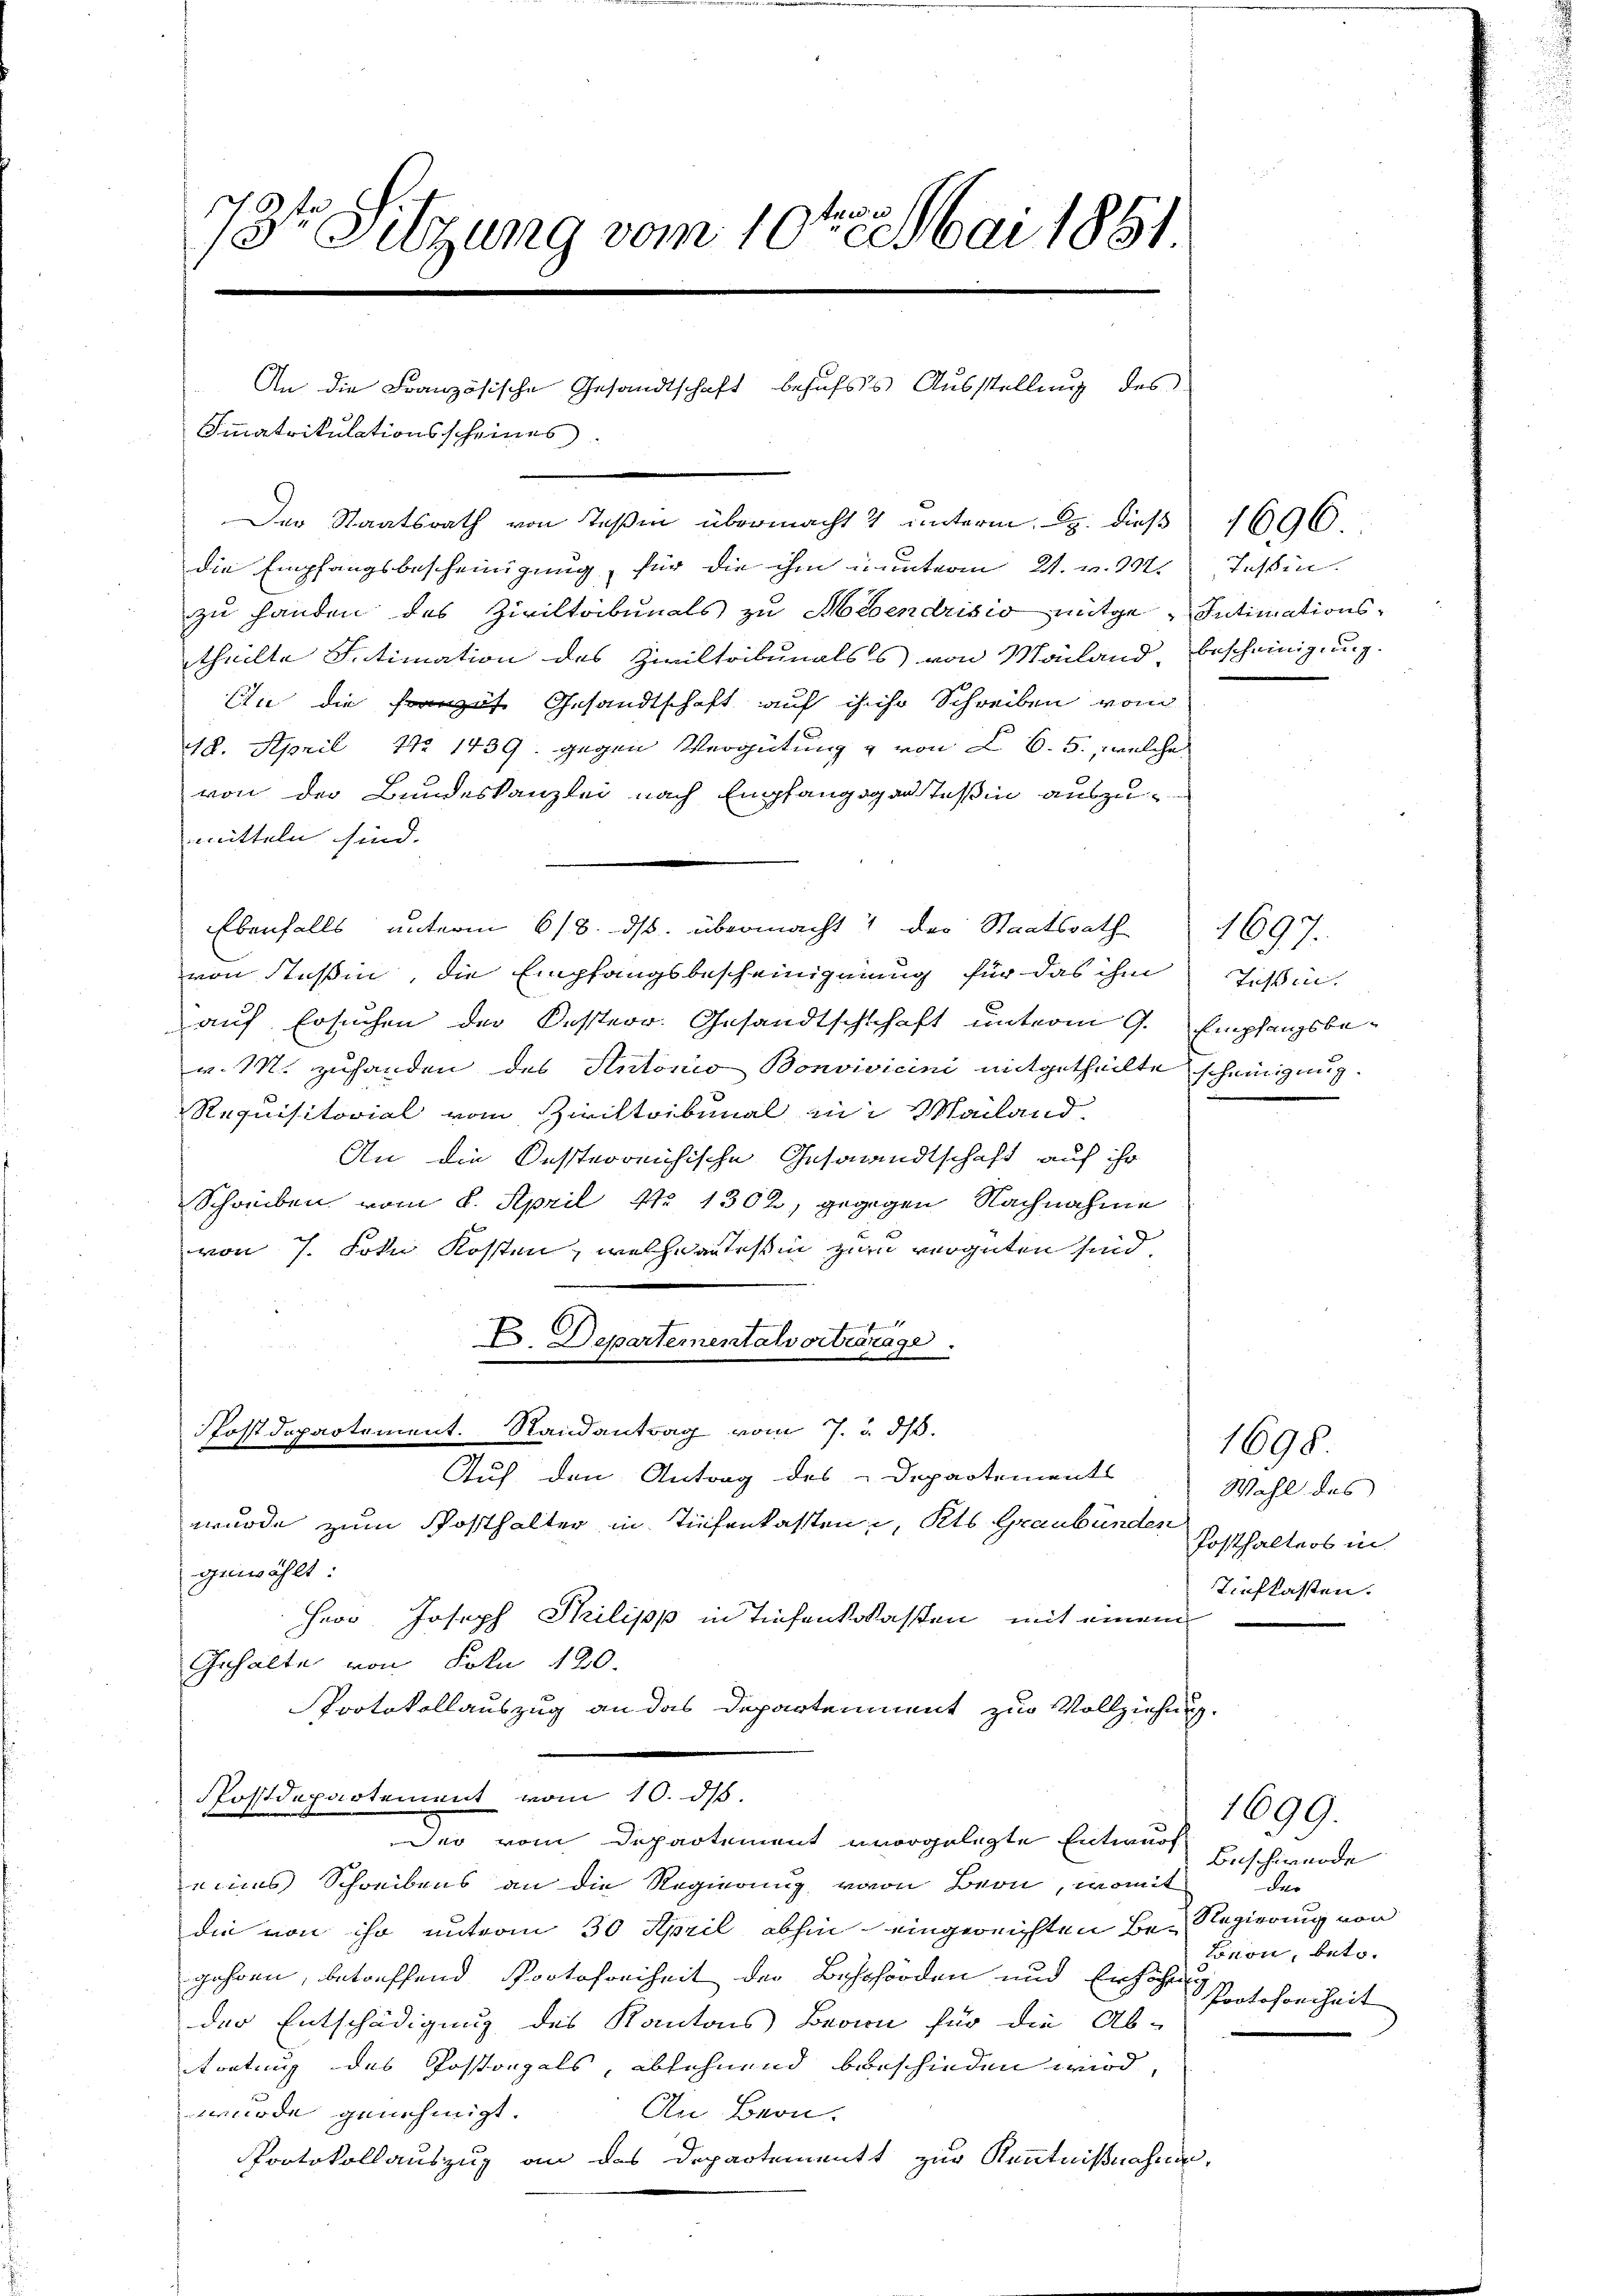
e
73te Sitzung vom 10. Mai 1851

Immatrikulationsscheines
Der Staatsrath von Teßin übermacht & unterm 22. dieß 1696
die Empfangsbescheinigung, für die ihm ununterm 21. v. 202. Tessin.
zu handen des Ziviltribunals zu Mévendrisio mitge Intimationstheilte Intimation des Ziviltribunalss von Monland, Bescheinigung
An die Franzes Gesandtschaft auf ihnso Schreiben vom
48. April No 1439. gegen Vergütung & von CC. 5., welche
von der Bundeskanzlei nach Empfangegen Teßin auszumitteln sind. |
Ebenfalls unterm 618. ds. übermacht der Staatsrath 1697.
von Steßin, die Empfangsbescheinignung für das ihm
auf Ersuchen der Kosterr. Gesandtschschaft unterm 9. Empfangsbev. M. zuhanden des Antonio Bonvivicini mitgetheilte scheinigung.
Requisitorial vom Ziviltribunal in Mailand,
An die Desterreichische Gesandtschaft auf ihr
Schauben vom 8. April No 1302, gegegen Nachnahme
von 7. Sohn Kosten, welche anfessin zu vergüten sind.
Departementalvortranage
Postdepartement. Randantrag vom 7. u. dß.
Auf den Antrag des Departements
wurde zum Posthalter in Tiefenkasten u, Kts. Graubünden Posthalters in
gewählt:
Herr Joseph Philipp in Tiefenkwassen, mit einem
Gehalte von Foln 120.
Protokollauszug an das Departement zur Vollziehung.
Postdepartement vom 10. ds
Der vom Departement unergelegte Entwurf
eines Schreibens an die Regierung von Bern, womit
die von ihr unterm 30 April abhin eingereichten Be-Regierung von
jahren, betreffend Protofreiheit der Beschörden und Erhöhe
der Entschädigung des Kantons Bern für die Ab-
tretung des Postanzals, absehnend beschieden wird,
An Bern.
wurde genehmigt.
Protokollauszug an das Departement zur Kenntnißnahmen.

An die Französische Gesandtschaft behufs Ausstellung des

Tichsen.

1698.
Wahl des
tiefkasten.

1699.
Beschwerde
der
Bönon, betr.
Protokonheit